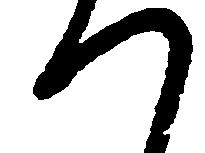
つ